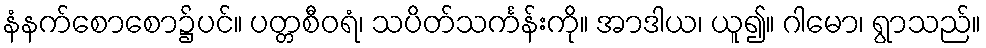
နံနက်စောစော၌ပင်။ ပတ္တစီဝရံ၊ သပိတ်သင်္ကန်းကို။ အာဒါယ၊ ယူ၍။ ဂါမော၊ ရွာသည်။